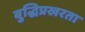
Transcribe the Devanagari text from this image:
बुद्धिप्रखरता